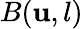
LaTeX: B(\mathbf{u},l)